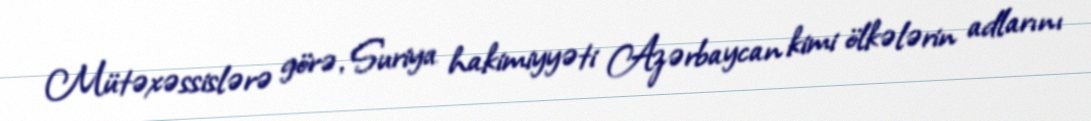
Mütəxəssislərə görə, Suriya hakimiyyəti Azərbaycan kimi ölkələrin adlarını